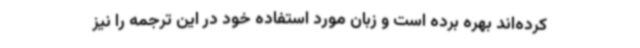
کرده‌اند بهره برده است و زبان مورد استفاده خود در این ترجمه را نیز